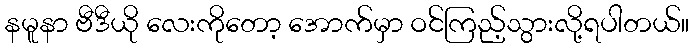
နမူနာ ဗီဒီယို လေးကိုတော့ အောက်မှာ ဝင်ကြည့်သွားလို့ရပါတယ်။